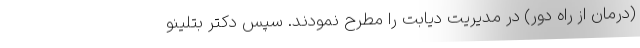
(درمان از راه دور) در مدیریت دیابت را مطرح نمودند. سپس دکتر بتلینو